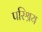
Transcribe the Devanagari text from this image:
परिश्रय